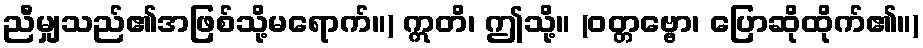
ညီမျှသည်၏အဖြစ်သို့မရောက်။) ဣတိ၊ ဤသို့။ (ဝတ္တဗ္ဗော၊ ပြောဆိုထိုက်၏။)